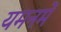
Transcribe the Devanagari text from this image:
यमनमें